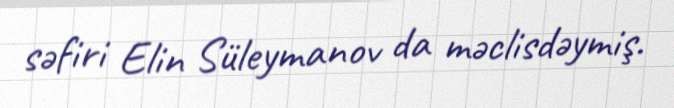
səfiri Elin Süleymanov da məclisdəymiş.